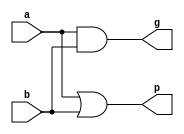
module gp1(input wire a, b,
           output wire g, p);
   assign g = a & b;
   assign p = a | b;
endmodule